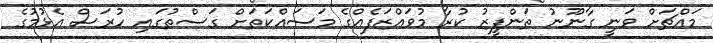
މައްޗަށް ވަނީ ގާނޫނު ތަންފީޒު ކުރާ މުވައްޒަފެއްގެ މަސައްކަތަށް ގަސްތުގައި ހުރަސް އެޅުމުގެ